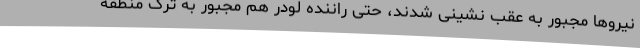
نیروها مجبور به عقب نشینی شدند، حتی راننده لودر هم مجبور به ترک منطقه